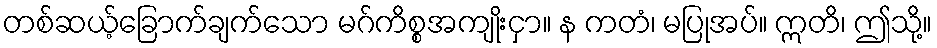
တစ်ဆယ့်ခြောက်ချက်သော မဂ်ကိစ္စအကျိုးငှာ။ န ကတံ၊ မပြုအပ်။ ဣတိ၊ ဤသို့။